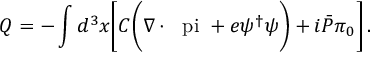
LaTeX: Q = - \int d ^ { 3 } x \biggl [ C \biggl ( \nabla \cdot \mathrm { \boldmath ~ \ p i ~ } + e \psi ^ { \dagger } \psi \biggr ) + i { \bar { \cal P } } \pi _ { 0 } \biggr ] \, .